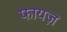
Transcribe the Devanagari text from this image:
फायज़